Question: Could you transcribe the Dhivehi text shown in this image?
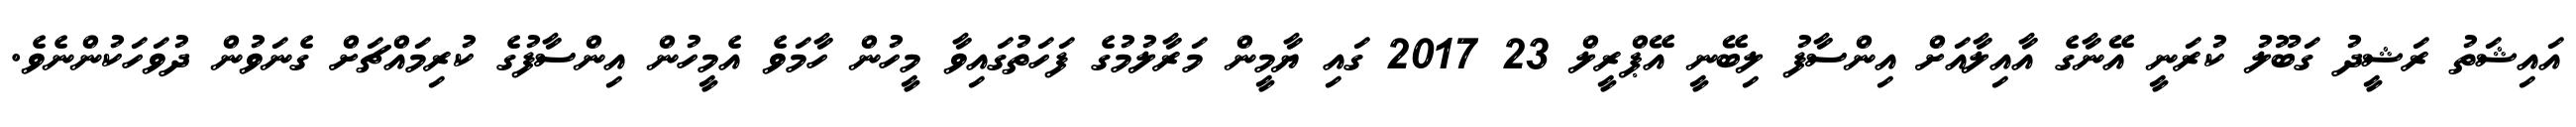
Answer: އައިޝަތު ރަޝީދު ގަބޫލު ކުރަނީ އޭނާގެ އާއިލާއަށް އިންސާފު ލިބޭނީ އޭޕްރީލް 23 2017 ގައި ޔާމީން މަރާލުމުގެ ފަހަތުގައިވާ މީހުން ހާމަވެ އެމީހުން އިންސާފުގެ ކުރިމައްޗަށް ގެނަވުން ދުވަހަކުންނެވެ.